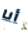
أنا